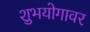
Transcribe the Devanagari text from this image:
शुभयोगावर